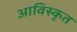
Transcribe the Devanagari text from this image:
आविस्कृत